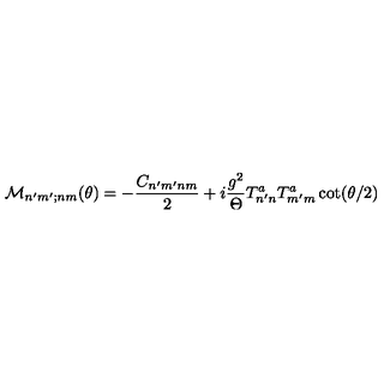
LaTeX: { \cal M } _ { n ^ { \prime } m ^ { \prime } ; n m } ( \theta ) = - \frac { C _ { n ^ { \prime } m ^ { \prime } n m } } { 2 } + i \frac { g ^ { 2 } } { \Theta } T _ { n ^ { \prime } n } ^ { a } T _ { m ^ { \prime } m } ^ { a } \cot ( \theta / 2 )